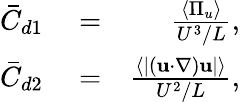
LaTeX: \begin{array}{rlr}{\bar{C}_{d1}}&{{}=}&{\frac{\left\langle\Pi_{u}\right\rangle}{U^{3}/L},}\\ {\bar{C}_{d2}}&{{}=}&{\frac{\left\langle\lvert({\mathbf u\cdot\nabla}){\mathbf u}\rvert\right\rangle}{U^{2}/L},}\end{array}